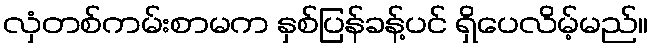
လှံတစ်ကမ်းစာမက နှစ်ပြန်ခန့်ပင် ရှိပေလိမ့်မည်။